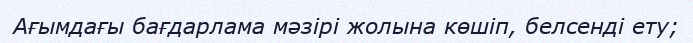
Ағымдағы бағдарлама мәзірі жолына көшіп, белсенді ету;